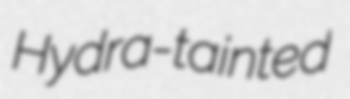
Hydra-tainted